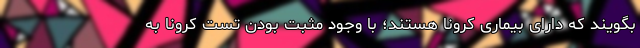
بگویند که دارای بیماری کرونا هستند؛ با وجود مثبت بودن تست کرونا به